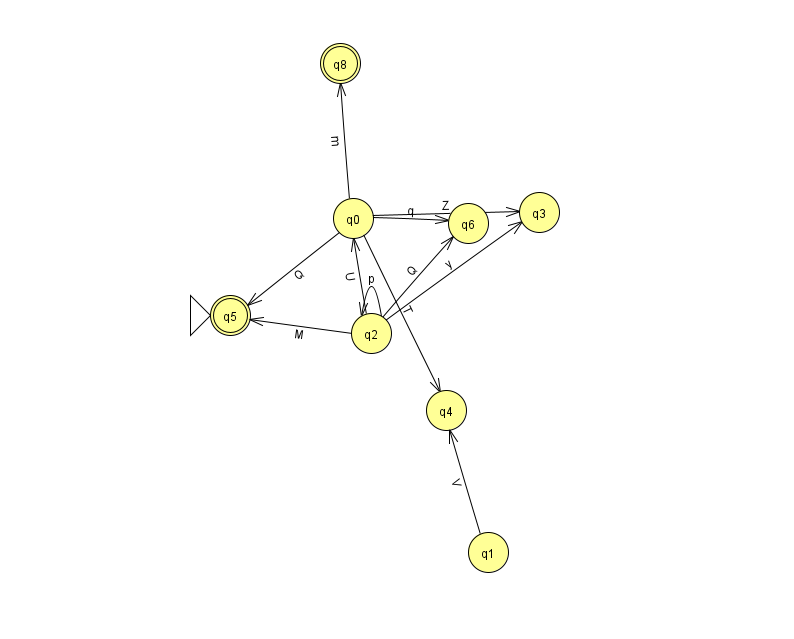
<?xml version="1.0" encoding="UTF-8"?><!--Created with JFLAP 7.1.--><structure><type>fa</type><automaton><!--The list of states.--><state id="0" name="q0"><x>353.0</x><y>205.0</y></state><state id="1" name="q1"><x>488.0</x><y>539.0</y></state><state id="2" name="q2"><x>371.0</x><y>320.0</y></state><state id="3" name="q3"><x>539.0</x><y>199.0</y></state><state id="4" name="q4"><x>446.0</x><y>397.0</y></state><state id="5" name="q5"><x>230.0</x><y>302.0</y><initial/><final/></state><state id="6" name="q6"><x>468.0</x><y>210.0</y></state><state id="8" name="q8"><x>340.0</x><y>50.0</y><final/></state><!--The list of transitions.--><transition><from>2</from><to>2</to><read>p</read></transition><transition><from>0</from><to>6</to><read>q</read></transition><transition><from>2</from><to>3</to><read>y</read></transition><transition><from>1</from><to>4</to><read>V</read></transition><transition><from>0</from><to>5</to><read>Q</read></transition><transition><from>2</from><to>6</to><read>Q</read></transition><transition><from>0</from><to>4</to><read>T</read></transition><transition><from>2</from><to>0</to><read>U</read></transition><transition><from>2</from><to>5</to><read>M</read></transition><transition><from>0</from><to>3</to><read>Z</read></transition><transition><from>0</from><to>8</to><read>m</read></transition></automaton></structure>